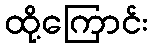
ထို့ကြောင်း